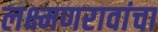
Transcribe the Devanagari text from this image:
लक्ष्मणरावांचा